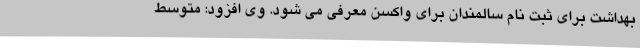
بهداشت برای ثبت نام سالمندان برای واکسن معرفی می شود. وی افزود: متوسط